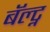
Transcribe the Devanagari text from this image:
बॅल्ट्न